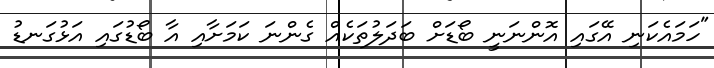
"ހަމައެކަނި އޭގައި އޮންނަނީ ބޯޑަށް ބަދަލުތަކެއް ގެންނަ ކަމަށާއި އާ ބޯޑުގައި އަޅުގަނޑު